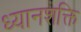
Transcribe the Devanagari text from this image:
ध्यानशक्ति